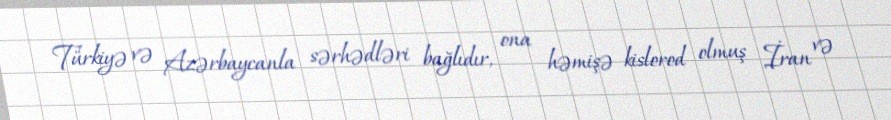
Türkiyə və Azərbaycanla sərhədləri bağlıdır, ona həmişə kislorod olmuş İran və